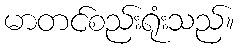
မာတင်စည်းရုံးသည်။